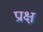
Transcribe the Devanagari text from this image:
प्राक्ष